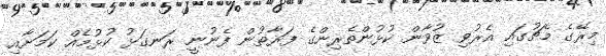
މިރޭގެ މެޗުގައި އެރުވި ޒުވާން ކުޅުންތެރިންގެ ފަރާތުން ފެނުނީ ރަނގަޅު ކުޅުމެއް ކަމަށާއި